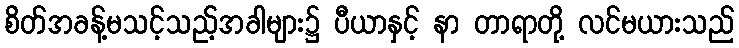
စိတ်အခန့်မသင့်သည့်အခါများ၌ ပီယာနှင့် နာ တာရာတို့ လင်မယားသည်